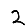
Digit: 2